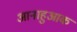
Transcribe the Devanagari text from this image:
आनाहुआक